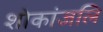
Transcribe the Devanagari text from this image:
शोकांजलि